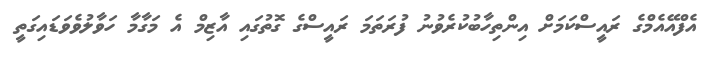
އެފްއޭއެމްގެ ރައީސްކަމަށް އިންތިހާބުކުރެވުނު ފުރަތަމަ ރައީސްގެ ގޮތުގައި އާޒިމް އެ މަގާމާ ހަވާލުވެވަޑައިގަތީ